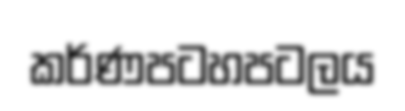
කර්ණපටහපටලය